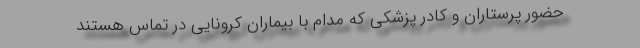
حضور پرستاران و کادر پزشکی که مدام با بیماران کرونایی در تماس هستند